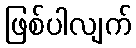
ဖြစ်ပါလျက်